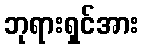
ဘုရားရှင်အား